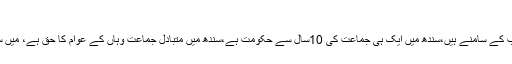
دوسری جماعت ملنا سندھ کے عوام کا حق ہے
ان کا کہنا تھا کہ بدقسمتی سے سندھ کے حالات سب کے سامنے ہیں،سندھ میں ایک ہی جماعت کی 10سال سے حکومت ہے،سندھ میں متبادل جماعت وہاں کے عوام کا حق ہے، میں سمجھتا ہوں ہمیں بہت پہلے سندھ میں آنا چاہیے تھا۔